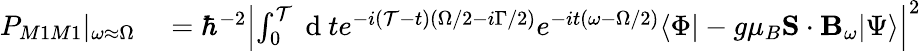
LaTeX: \begin{array}{rl}{P_{M1M1}|_{\omega\approx\Omega}}&{{}=\hbar^{-2}\left\vert\int_{0}^{\mathcal{T}}\mathrm{~d~}te^{-i(\mathcal{T}-t)(\Omega/2-i\Gamma/2)}e^{-it(\omega-\Omega/2)}\langle\Phi|-g\mu_{B}\mathbf{S}\cdot\mathbf{B}_{\omega}|\Psi\rangle\right\vert^{2}}\end{array}